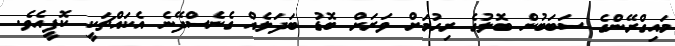
މައިގްރޭންގެ ސަބަބުން ބޮލުގެ ރިހުމަށް ވަރަށް ބޮޑު ބަދަލެއް ގެނެސްދޭނެ އެކައްޗަކީ ކޮފީއެވެ.